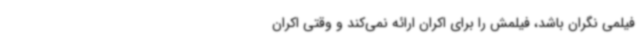
فیلمی نگران باشد، فیلمش را برای اکران ارائه نمی‌کند و وقتی اکران